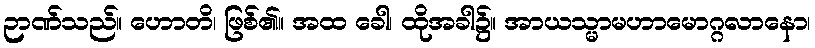
ဉာဏ်သည်။ ဟောတိ၊ ဖြစ်၏။ အထ ခေါ၊ ထိုအခါ၌။ အာယသ္မာမဟာမောဂ္ဂလာနော၊